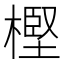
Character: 樫